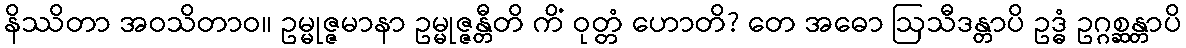
နိဿိတာ အဝသိတာဝ။ ဥမ္မုဇ္ဇမာနာ ဥမ္မုဇ္ဇန္တီတိ ကိံ ဝုတ္တံ ဟောတိ? တေ အဓော ဩသီဒန္တာပိ ဥဒ္ဓံ ဥဂ္ဂစ္ဆန္တာပိ